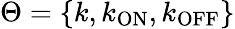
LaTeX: \Theta=\{ k,k_{\mathrm{ON}},k_{\mathrm{OFF}}\}